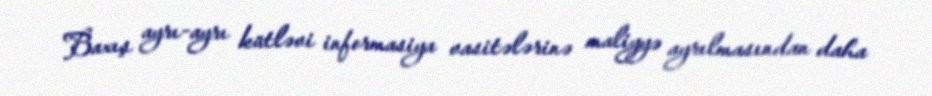
Baxış ayrı-ayrı kütləvi informasiya vasitələrinə maliyyə ayrılmasından daha